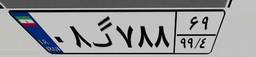
۰۸گ۷۸۸۶۹